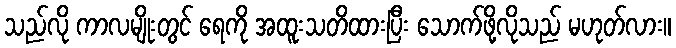
သည်လို ကာလမျိုးတွင် ရေကို အထူးသတိထားပြီး သောက်ဖို့လိုသည် မဟုတ်လား။